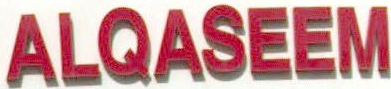
ALQASEEM